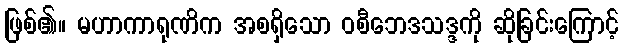
ဖြစ်၏။ မဟာကာရုဏိက အစရှိသော ဝစီဘေဒသဒ္ဒကို ဆိုခြင်းကြောင့်